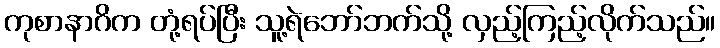
ကုစာနာဂိက တုံ့ရပ်ပြီး သူ့ရဲဘော်ဘက်သို့ လှည့်ကြည့်လိုက်သည်။